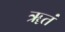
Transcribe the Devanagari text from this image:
ॠतं